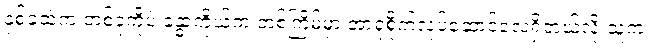
နှစ်ခုထဲက တစ်ခုကိုပဲ ခန္ဓာကိုယ်က တစ်ကြိမ်မှာ အာရုံစိုက်လုပ်ဆောင်လေ့ရှိတယ်လို့ သူက